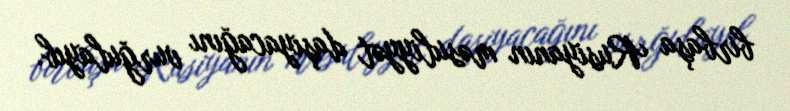
birbaşa Rusiyanın məsuliyyət daşıyacağını vurğulayıb.